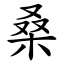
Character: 桑